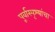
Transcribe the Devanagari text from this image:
पूर्वास्पृश्यांचा